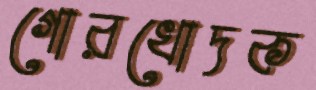
গোরখোদক